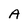
Character: A